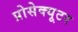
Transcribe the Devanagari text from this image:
प्रोसेक्यूटर